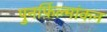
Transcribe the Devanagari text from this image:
पुनर्फ़िल्मांकन